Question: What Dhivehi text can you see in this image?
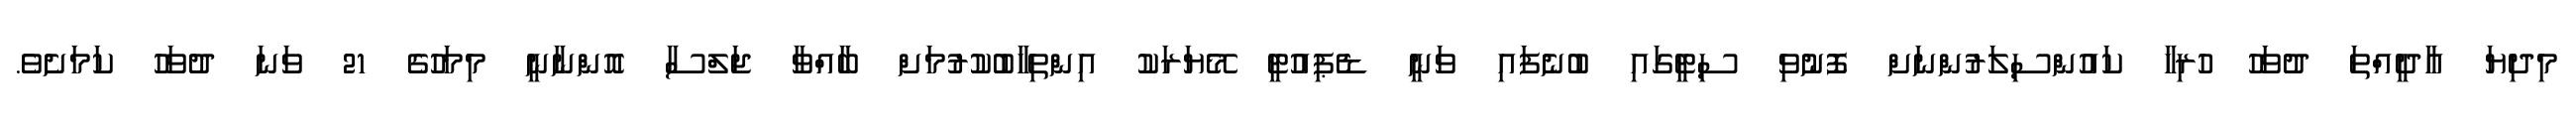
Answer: މިދިޔަ އާދީއްތަ ދުވަހު ހުރިހާ ކައުންސިލަރުންނަށް ފޮނުވި ސިޓީގައި ބުނެފައި ވަނީ ޑެޕިއުޓީ މޭޔަރަކު އިންތިހާބުކުރުމަށް ބާއްވާ ޖަލްސާ އޮންނާނީ މިމަހުގެ 21 ވަނަ ދުވަހު ކަމަށެވެ.